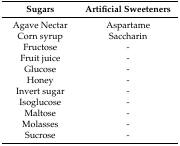
| Sugars | Artificial Sweeteners |
 | --- | --- |
 | Agave Nectar | Aspartame |
 | Corn syrup | Saccharin |
 | Fructose | - |
 | Fruit juice | - |
 | Glucose | - |
 | Honey | - |
 | Invert sugar | - |
 | Isoglucose | - |
 | Maltose | - |
 | Molasses | - |
 | Sucrose | - |